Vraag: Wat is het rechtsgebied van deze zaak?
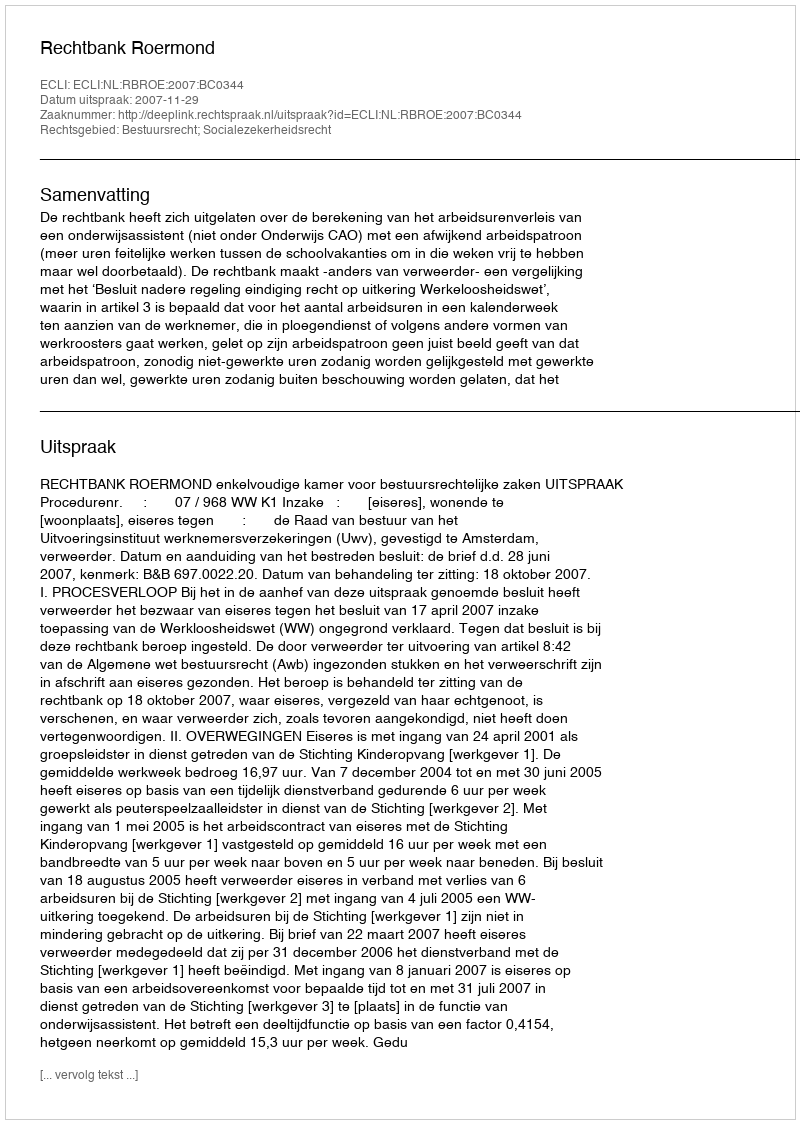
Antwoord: Bestuursrecht; Socialezekerheidsrecht